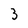
Character: 3